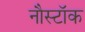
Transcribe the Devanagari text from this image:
नौस्टॉक